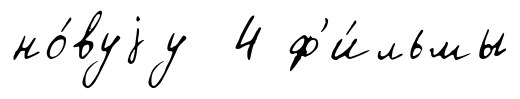
но́вуjу 4 ф'и́льмы